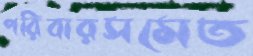
পরিবারসমেত